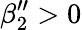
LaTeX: \beta_{2}^{\prime\prime}>0